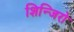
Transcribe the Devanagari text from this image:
शिन्जिरो